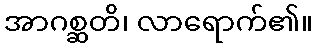
အာဂစ္ဆတိ၊ လာရောက်၏။